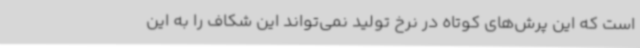
است که این پرش‌های کوتاه در نرخ تولید نمی‌تواند این شکاف را به این